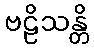
ဗဠိသန္တိ